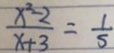
\frac { x ^ { 2 } - 2 } { x + 3 } = \frac { 1 } { s }